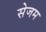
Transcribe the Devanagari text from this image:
सेजम